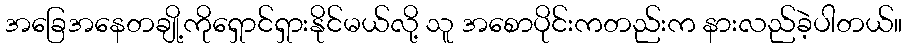
အခြေအနေတချို့ကိုရှောင်ရှားနိုင်မယ်လို့ သူ အစောပိုင်းကတည်းက နားလည်ခဲ့ပါတယ်။